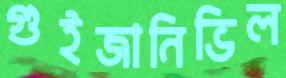
গুইজানিভিল